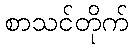
စာသင်တိုက်